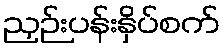
ညှဉ်းပန်းနှိပ်စက်